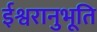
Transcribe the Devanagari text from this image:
ईश्वरानुभूति